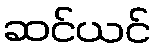
ဆင်ယင်